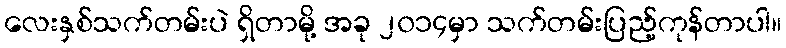
လေးနှစ်သက်တမ်းပဲ ရှိတာမို့ အခု ၂၀၁၄မှာ သက်တမ်းပြည့်ကုန်တာပါ။